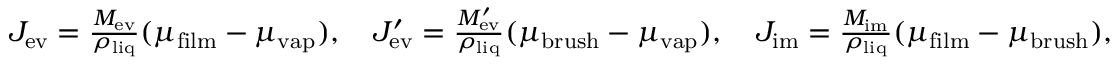
\begin{array} { r } { J _ { \mathrm { e v } } = \frac { M _ { \mathrm { e v } } } { \rho _ { \mathrm { l i q } } } ( \mu _ { \mathrm { f i l m } } - \mu _ { \mathrm { v a p } } ) , \quad J _ { \mathrm { e v } } ^ { \prime } = \frac { M _ { \mathrm { e v } } ^ { \prime } } { \rho _ { \mathrm { l i q } } } ( \mu _ { \mathrm { b r u s h } } - \mu _ { \mathrm { v a p } } ) , \quad J _ { \mathrm { i m } } = \frac { M _ { \mathrm { i m } } } { \rho _ { \mathrm { l i q } } } ( \mu _ { \mathrm { f i l m } } - \mu _ { \mathrm { b r u s h } } ) , } \end{array}